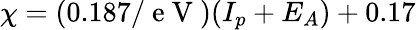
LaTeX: \chi=(0.187/\mathrm{~e~V~})(I_{p}+E_{A})+0.17